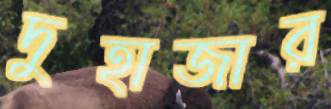
দুহাজার